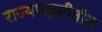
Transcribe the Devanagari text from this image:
राज्यपद्धतीतील